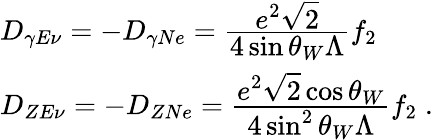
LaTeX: \begin{array}{l}{{D_{\gamma E\nu}=-D_{\gamma Ne}=\frac{\displaystyle e^{2}\sqrt{2}}{\displaystyle 4\sin\theta_{W}\Lambda}f_{2}}}\\ {{D_{ZE\nu}=-D_{ZNe}=\frac{\displaystyle e^{2}\sqrt{2}\cos\theta_{W}}{\displaystyle 4\sin^{2}\theta_{W}\Lambda}f_{2}\; .}}\end{array}